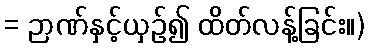
= ဉာဏ်နှင့်ယှဉ်၍ ထိတ်လန့်ခြင်း။)